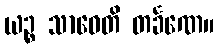
ယဉ္စ သာဓေတိ တင်္ခဏေ။